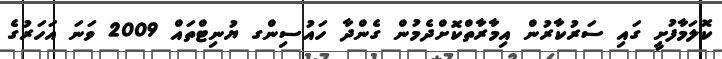
ކޮލަމާފުށީ ގައި ސަރުކާރުން އިމާރާތްކޮށްދެމުން ގެންދާ ހައުސިންގ ޔުނިޓްތައް 2009 ވަނަ އަހަރުގެ